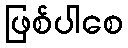
ဖြစ်ပါစေ